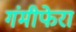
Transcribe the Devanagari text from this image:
गंमीफेरा